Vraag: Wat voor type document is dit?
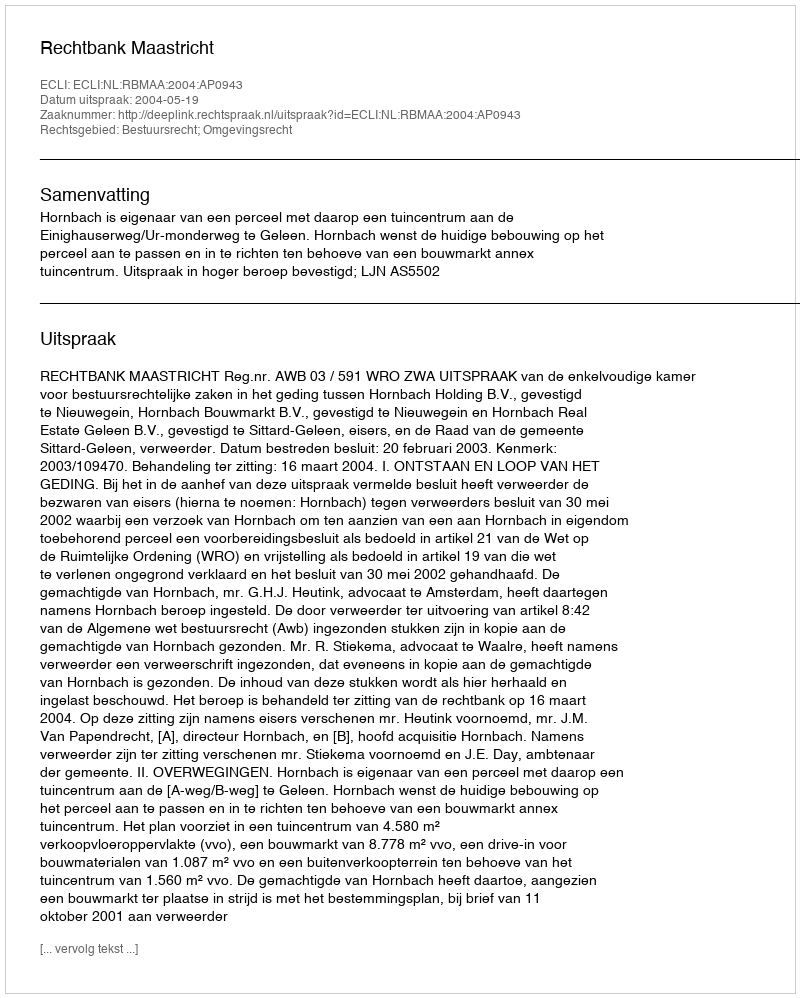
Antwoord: Uitspraak